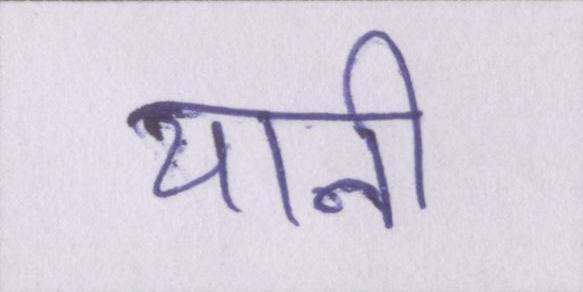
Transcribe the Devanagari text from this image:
यानी